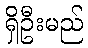
ရှိဦးမည်